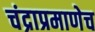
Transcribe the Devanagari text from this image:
चंद्राप्रमाणेच